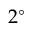
2 ^ { \circ }